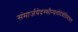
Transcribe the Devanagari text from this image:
संमार्जयेदस्थीन्यतोदेवेतिमंत्रतः